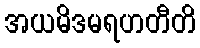
အယမိဒမရဟတီတိ